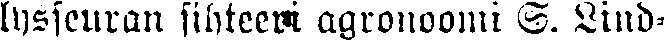
lysseuran sihteeri agronoomi S. Lind-